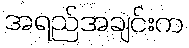
အရည်အချင်းက